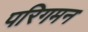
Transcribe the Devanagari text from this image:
परिगमन